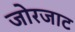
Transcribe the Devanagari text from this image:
जोरजाट